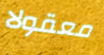
معقولا